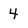
Character: 4